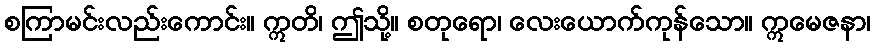
စကြာမင်းလည်းကောင်း။ ဣတိ၊ ဤသို့။ စတုရော၊ လေးယောက်ကုန်သော။ ဣမေဇနာ၊